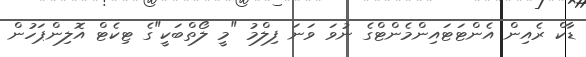
ޑާކް ރެއިން އެންޓަޓައިންމެންޓްގެ ނުވަ ވަނަ ފިލްމު "މީ ލޯތްބަކީ"ގެ ޓިކެޓް އޮލިންޕަހުން